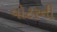
વોટરની